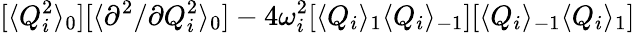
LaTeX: [\langle Q_{i}^{2}\rangle_{0}][\langle{\partial^{2}}/{\partial Q_{i}^{2}}\rangle_{0}]-4\omega_{i}^{2}[\langle Q_{i}\rangle_{1}\langle Q_{i}\rangle_{-1}][\langle Q_{i}\rangle_{-1}\langle Q_{i}\rangle_{1}]